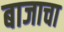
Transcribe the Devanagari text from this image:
बाजाचा